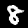
Digit: 8